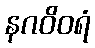
နဂဝိဝရံ